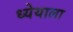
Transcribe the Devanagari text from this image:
ध्येयाला